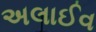
અલાઈવ